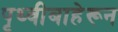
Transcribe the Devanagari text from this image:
पृथ्वीबाहेरून